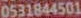
0531844501